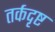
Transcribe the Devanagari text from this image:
तर्कदृष्ट